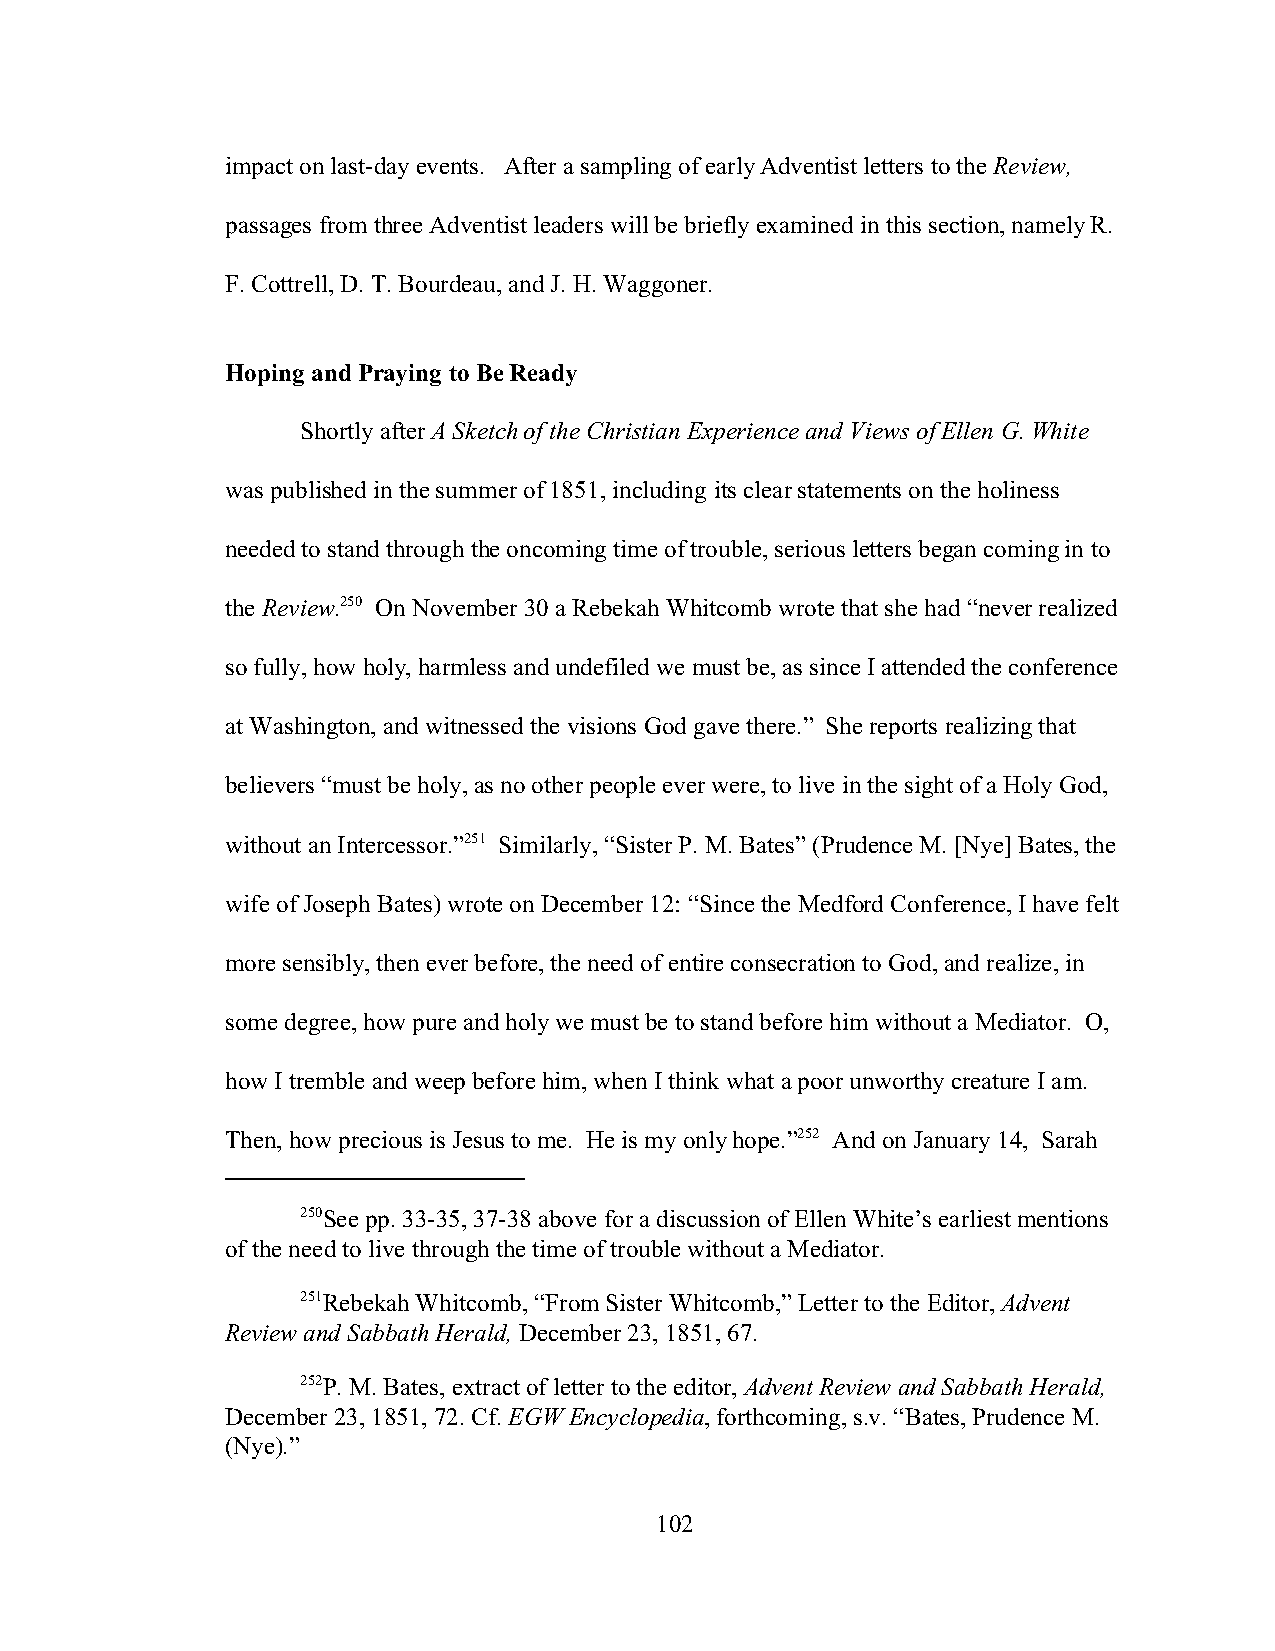
impact on last-day events. After a sampling of early Adventist letters to the Review,
 passages from three Adventist leaders will be briefly examined in this section, namely R.
 F. Cottrell, D. T. Bourdeau, and J. H. Waggoner.
 Hoping and Praying to Be Ready
 Shortly after A Sketch of the Christian Experience and Views of Ellen G. White
 was published in the summer of 1851, including its clear statements on the holiness
 needed to stand through the oncoming time of trouble, serious letters began coming in to
 the Review.250 On November 30 a Rebekah Whitcomb wrote that she had “never realized
 so fully, how holy, harmless and undefiled we must be, as since I attended the conference
 at Washington, and witnessed the visions God gave there.” She reports realizing that
 believers “must be holy, as no other people ever were, to live in the sight of a Holy God,
 without an Intercessor.”251 Similarly, “Sister P. M. Bates” (Prudence M. [Nye] Bates, the
 wife of Joseph Bates) wrote on December 12: “Since the Medford Conference, I have felt
 more sensibly, then ever before, the need of entire consecration to God, and realize, in
 some degree, how pure and holy we must be to stand before him without a Mediator. O,
 how I tremble and weep before him, when I think what a poor unworthy creature I am.
 Then, how precious is Jesus to me. He is my only hope.”252 And on January 14, Sarah
 250See pp. 33-35, 37-38 above for a discussion of Ellen White’s earliest mentions
 of the need to live through the time of trouble without a Mediator.
 251Rebekah Whitcomb, “From Sister Whitcomb,” Letter to the Editor, Advent
 Review and Sabbath Herald, December 23, 1851, 67.
 252P. M. Bates, extract of letter to the editor, Advent Review and Sabbath Herald,
 December 23, 1851, 72. Cf. EGW Encyclopedia, forthcoming, s.v. “Bates, Prudence M.
 (Nye).”
 102